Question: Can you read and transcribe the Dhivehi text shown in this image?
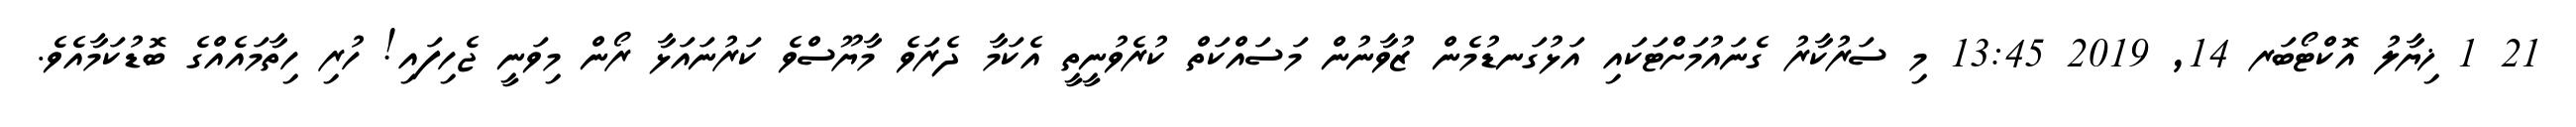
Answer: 21 1 ޚިޔާލު އޮކްޓޯބަރ 14, 2019 13:45 މި ސަރުކާރު ގެނައުމަށްޓަކައި އަޅުގަނޑުމެން ޒުވާނުން މަސައްކަތް ކުރެވުނީތީ އެކަމާ ދެރަވެ މާޔޫސްވެ ކަރުނައަޅާ ރޯން މިވަނީ ޖެހިފައި! ހުރި ހިތާމައެއްގެ ބޮޑުކަމާއެވެ.